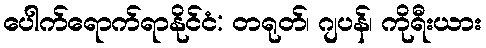
ပေါက်ရောက်ရာနိုင်ငံ: တရုတ်၊ ဂျပန်၊ ကိုရီးယား